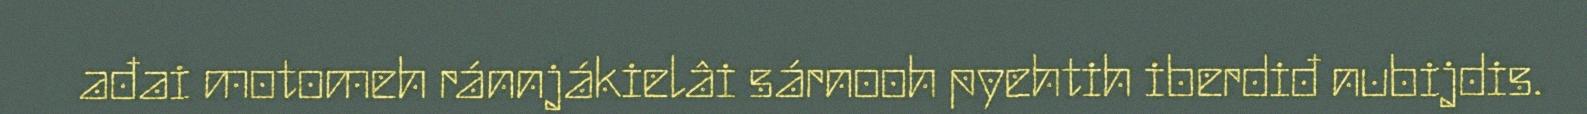
ađai motomeh ránnjákielâi sárnooh pyehtih iberdiđ nubijdis.